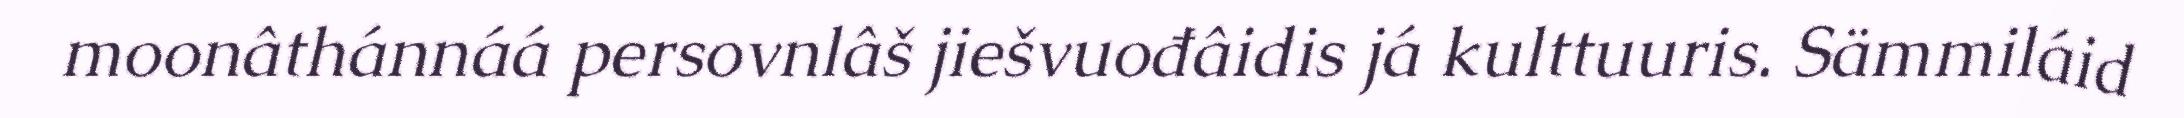
moonâthánnáá persovnlâš jiešvuođâidis já kulttuuris. Sämmiláid